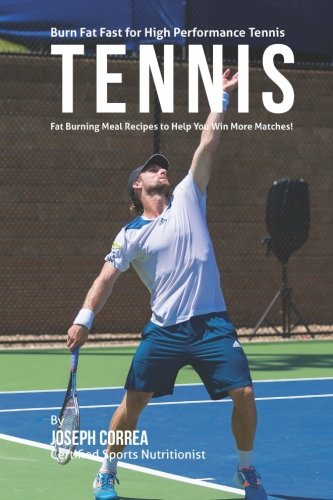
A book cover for Burn Fat Fast for High Performance Tennis: Fat Burning Meal Recipes to Help You Win More Matches!; Joseph Correa (Certified Sports Nutritionist); Sports & Outdoors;